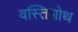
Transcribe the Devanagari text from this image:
वस्तिशोथ